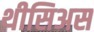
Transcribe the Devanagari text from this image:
थीसिअस